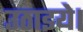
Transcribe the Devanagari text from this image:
उठाइये।